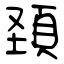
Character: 頚